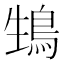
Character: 䲼